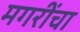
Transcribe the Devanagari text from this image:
मगरींचा